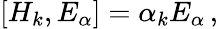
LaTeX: \left[H_{k},E_{\alpha}\right]=\alpha_{k}E_{\alpha}\, ,